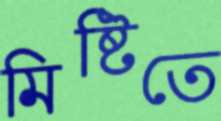
মিষ্টিতে